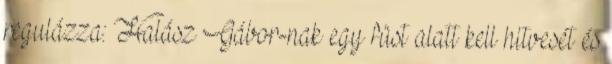
regulázza: Halász Gábor-nak egy füst alatt kell hitvesét és